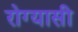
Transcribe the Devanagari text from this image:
रोग्यासी